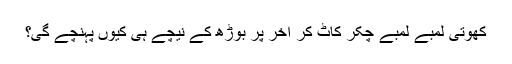
کھوتی لمبے لمبے چکر کاٹ کر آخر پر بوڑھ کے نیچے ہی کیوں پہنچے گی؟